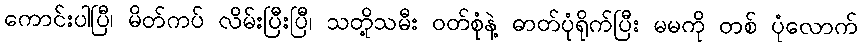
ကောင်းပါပြီ၊ မိတ်ကပ် လိမ်းပြီးပြီ၊ သတို့သမီး ဝတ်စုံနဲ့ ဓာတ်ပုံရိုက်ပြီး မမကို တစ် ပုံလောက်